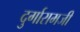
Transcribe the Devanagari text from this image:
दुर्गारामजी